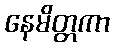
နေမိတ္တကာ